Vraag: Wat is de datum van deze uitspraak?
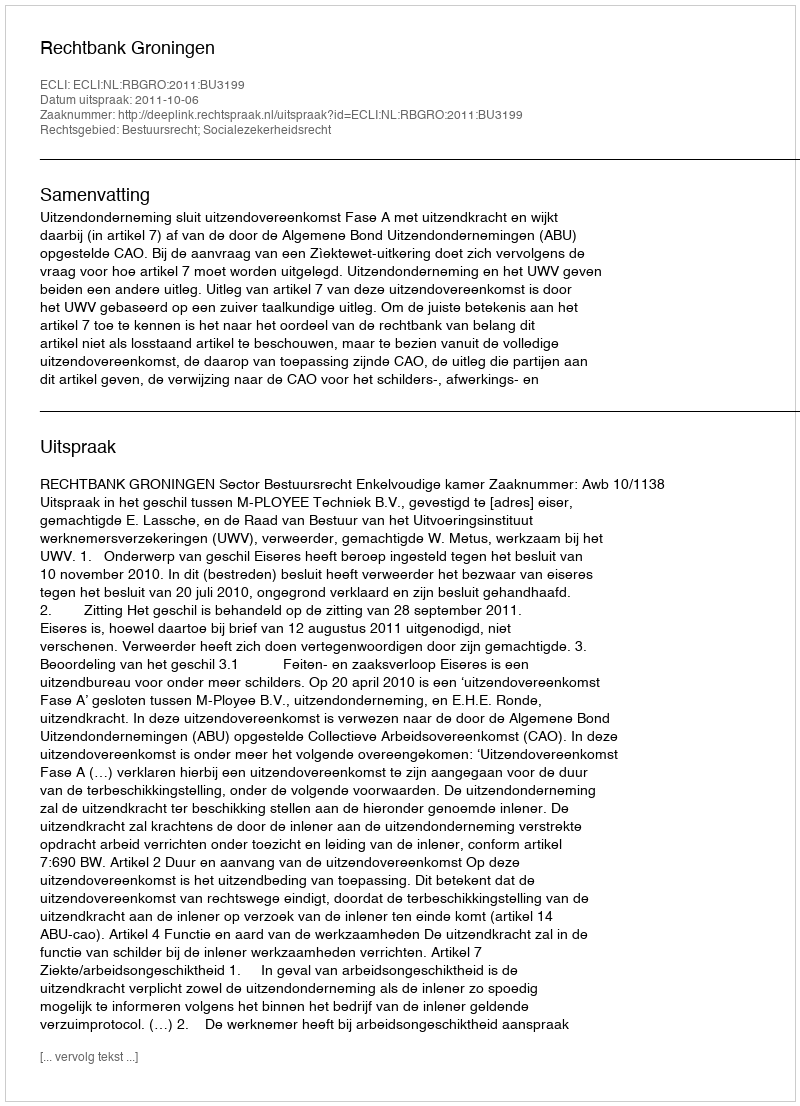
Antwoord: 2011-10-06